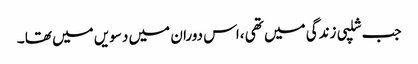
جب شلپی زندگی میں تھی ،اس دوران میں دسویں میں تھا ۔